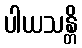
ပါယသန္တိ